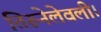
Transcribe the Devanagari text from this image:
तिरूनेलेवली।